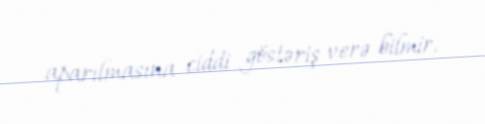
aparılmasına ciddi göstəriş verə bilmir.